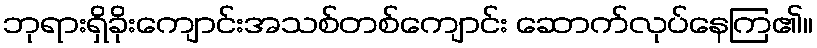
ဘုရားရှိခိုးကျောင်းအသစ်တစ်ကျောင်း ဆောက်လုပ်နေကြ၏။